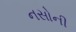
નસોની